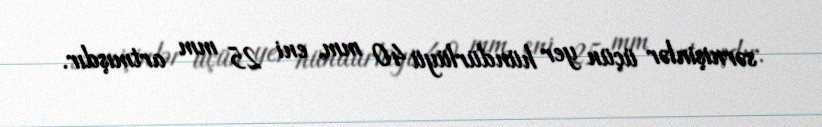
sərnişinlər üçün yer hündürlüyü 40 mm, eni 25 mm artmışdır.